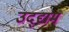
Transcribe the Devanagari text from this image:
उद्द्यम